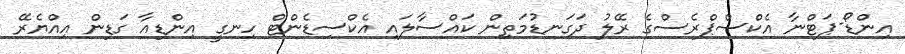
އިންޑޯ-ޕަޓްނާ އެކްސްޕްރެސްގެ ރޭލު ދަގަނޑުމަތިން ކައްސާލައި އެކްސިޑެންޓް ހިނގީ އިންޑިއާ ގަޑިން އިއްޔެރޭ